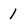
Character: 1